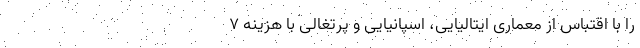
را با اقتباس از معماری ایتالیایی، اسپانیایی و پرتغالی با هزینه ۷